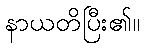
နာယတိပြီး၏။